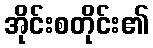
အိုင်းစတိုင်း၏